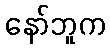
နော်ဘူက